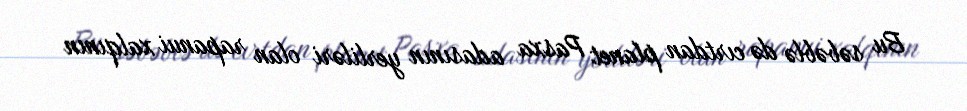
Bu səbəblə də cırtdan planet Pasxa adasının yerliləri olan rapanui xalqının